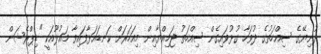
ދުނިޔޭގެ ސިއްހަތުގެ ދުވަހާ ގުޅުވައިގެން ސިއްހަތު ޖަމިއްޔާއިން މިއަހަރަށް ކަނޑައަޅާފައިވާ މައުލޫއަކީ "ޑިޕްރެޝަން